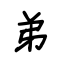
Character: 弟